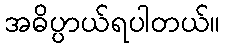
အဓိပ္ပာယ်ရပါတယ်။